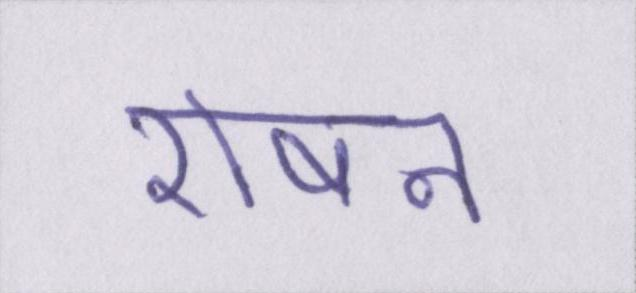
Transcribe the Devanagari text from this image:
रोषन